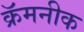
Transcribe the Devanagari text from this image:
क्रॅमनीक